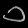
Digit: ၁